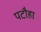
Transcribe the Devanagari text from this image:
पटौहा